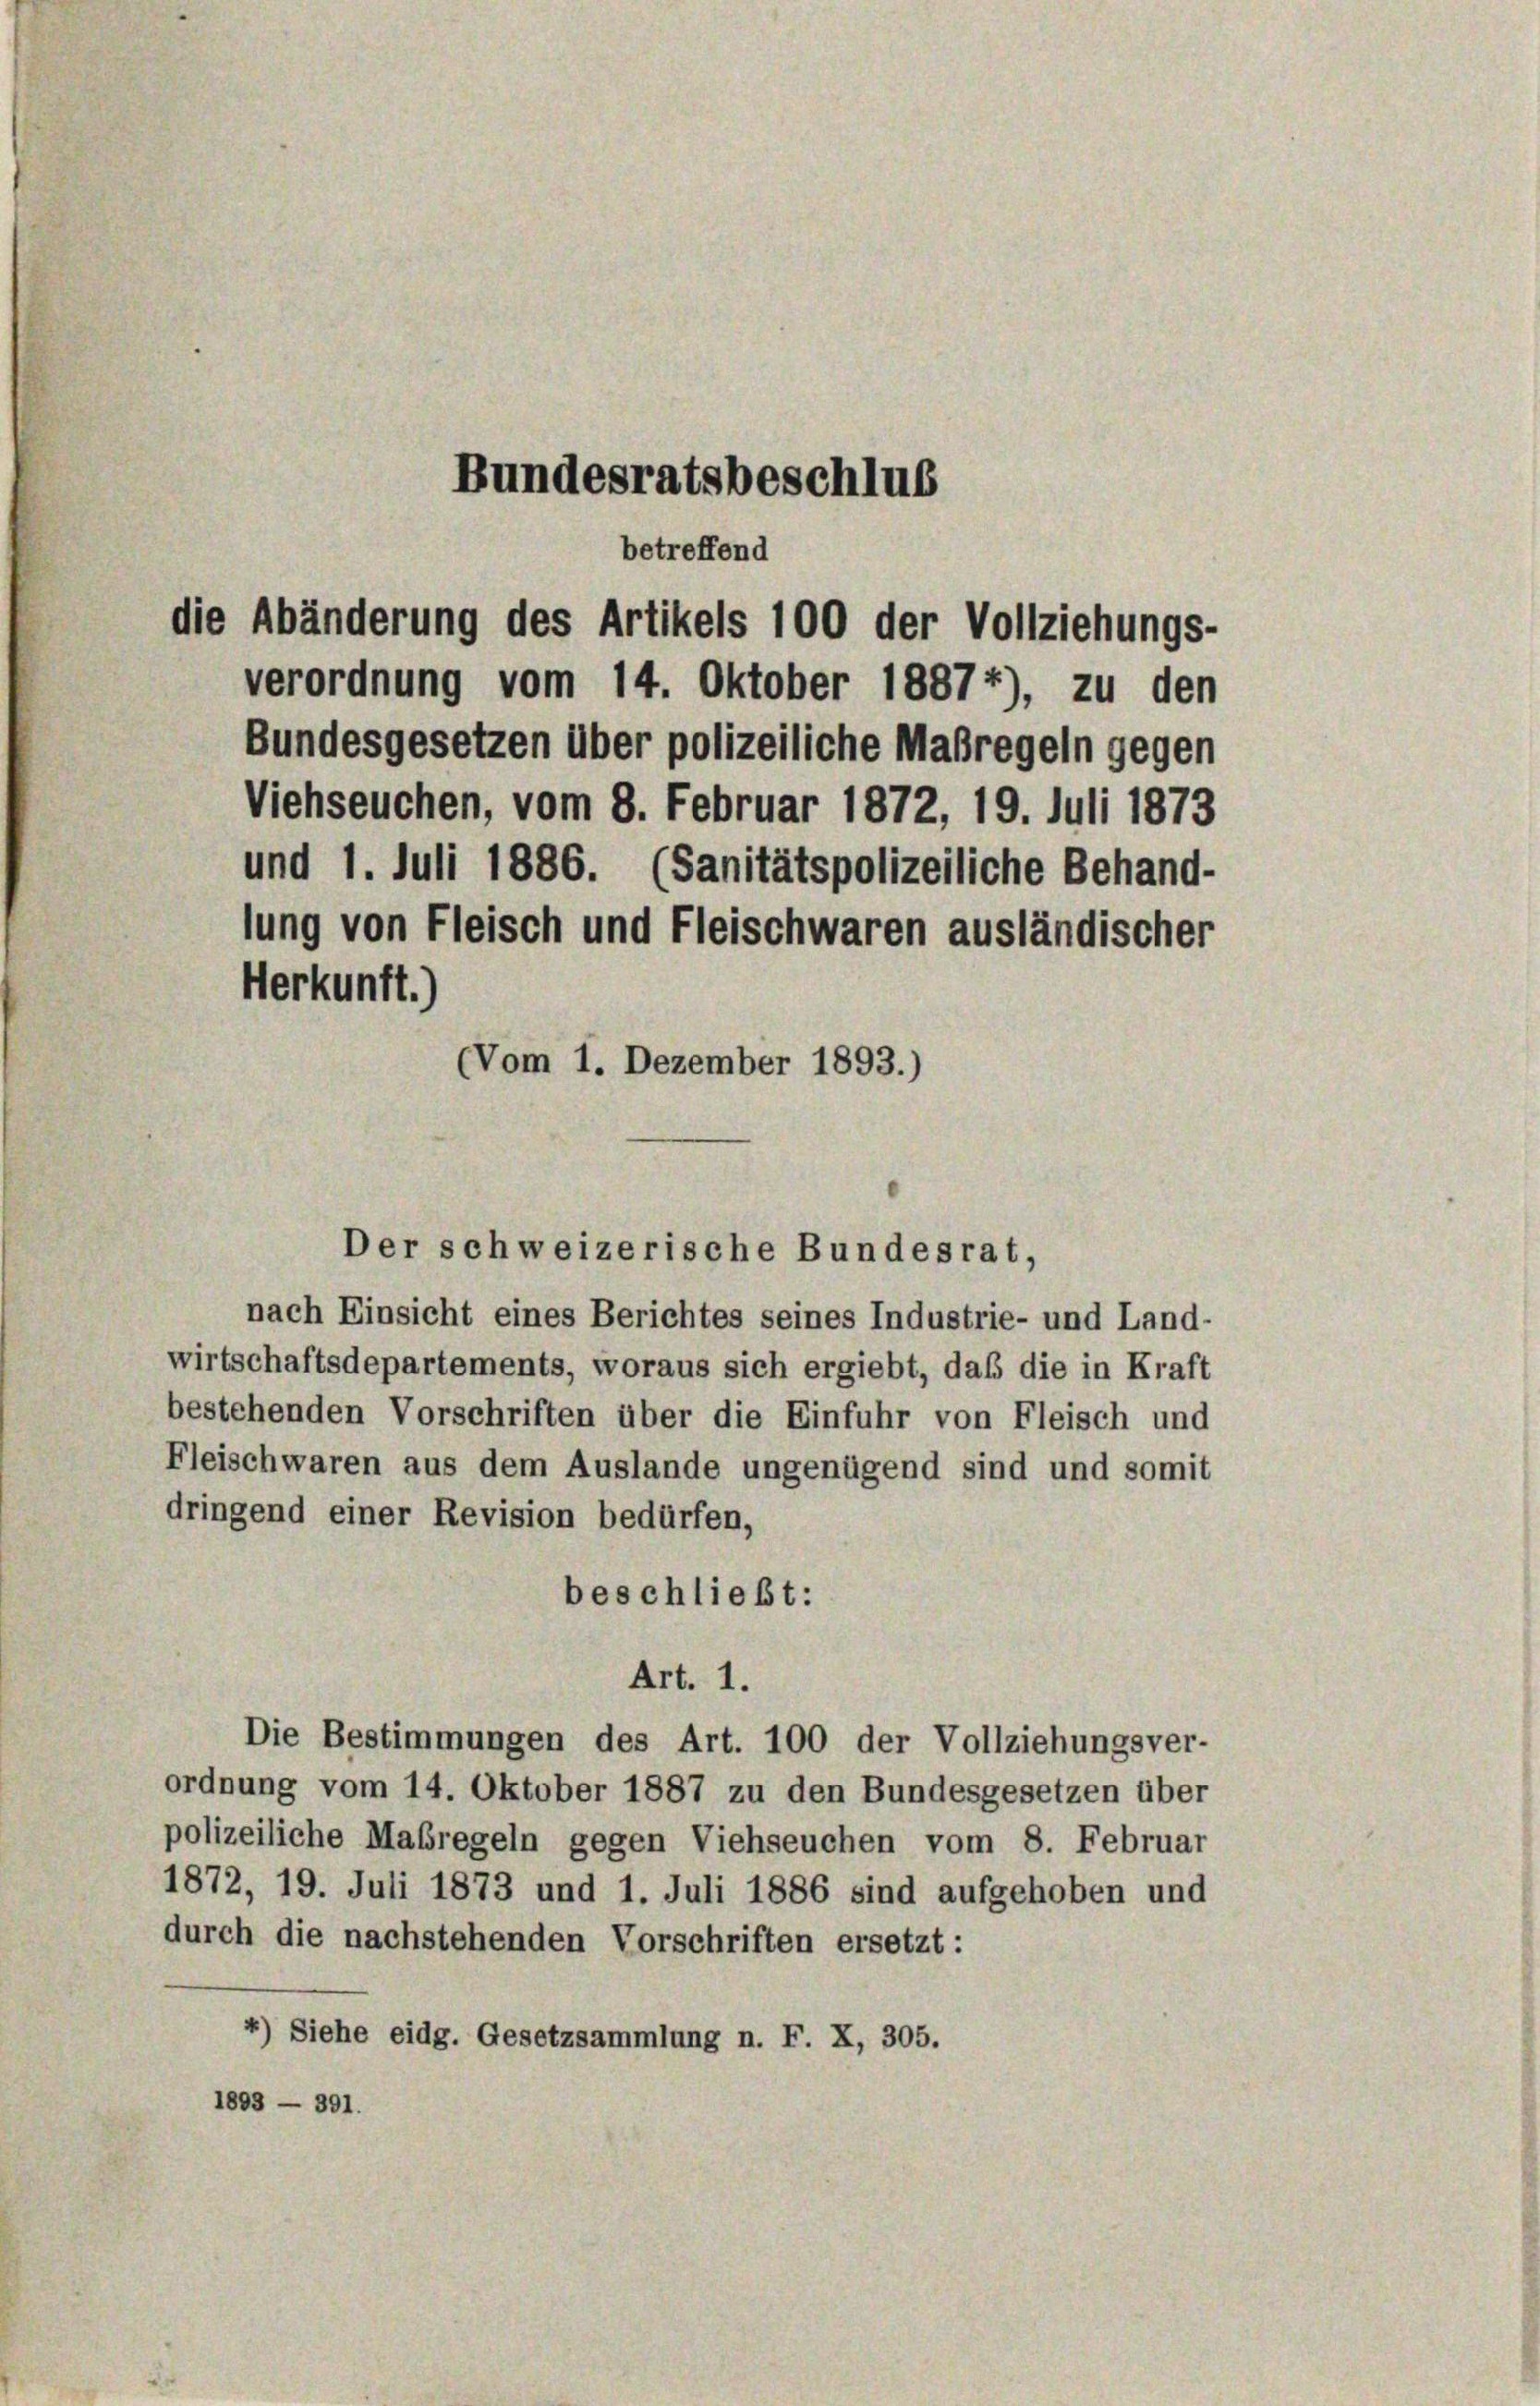
Bundesratsbeschlus

Bundesgesetzen über polizeiliche Maßregeln gegen
Viehseuchen, vom 8. Februar 1872, 19. Juli 1873
und 1. Juli 1886. (Sanitätspolizeiliche Behand-
lung von Fleisch und Fleischwaren ausländischer
Herkunft.)
(Vom 1. Dezember 1893.)

betreffend
die Abänderung des Artikels 100 der Vollziehungs-
verordnung vom 14. Oktober 18874), zu den

Der schweizerische Bundesrat,

nach Einsicht eines Berichtes seines Industrie- und Land-
wirtschaftsdepartements, woraus sich ergiebt, daß die in Kraft
bestehenden Vorschriften über die Einfuhr von Fleisch und
Fleischwaren aus dem Auslande ungenügend sind und somit
dringend einer Revision bedürfen,
beschließt:
Art. 1.
Die Bestimmungen des Art. 100 der Vollziehungsver-
ordnung vom 14. Oktober 1887 zu den Bundesgesetzen über
polizeiliche Maßregeln gegen Viehseuchen vom 8. Februar
1872, 19. Juli 1873 und 1. Juli 1886 sind aufgehoben und
durch die nachstehenden Vorschriften ersetzt:
4) Siehe eidg. Gesetzsammlung n. F. X, 305.
1893 — 391.